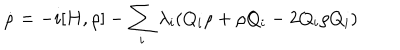
\dot { \rho } = - i [ H , \rho ] - \sum _ { i } \lambda _ { i } ( Q _ { i } \rho + \rho Q _ { i } - 2 Q _ { i } \rho Q _ { i } )